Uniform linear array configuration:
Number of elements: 16
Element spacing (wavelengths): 0.5
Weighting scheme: blackman
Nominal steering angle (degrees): -15
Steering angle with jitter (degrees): -13.137
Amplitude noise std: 0.05
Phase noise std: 0.05

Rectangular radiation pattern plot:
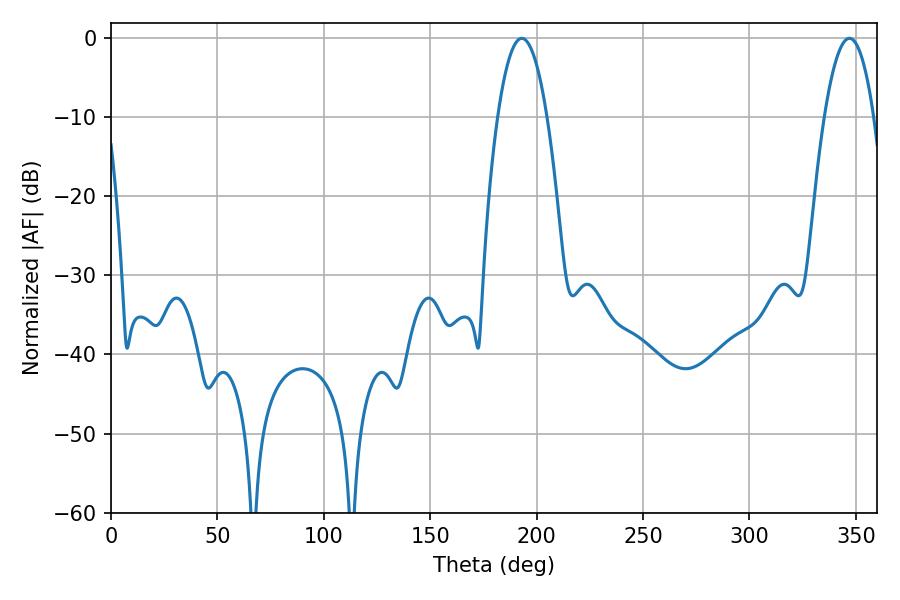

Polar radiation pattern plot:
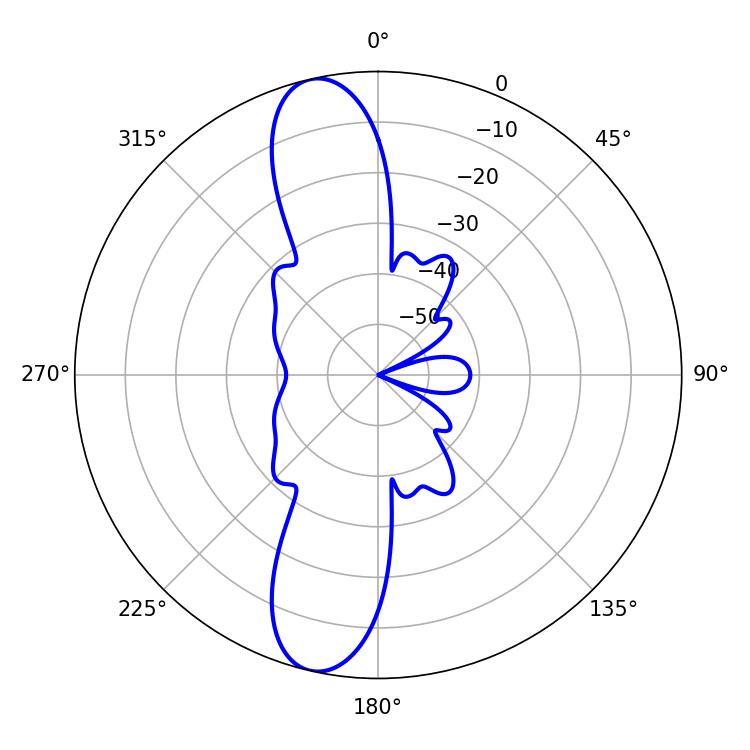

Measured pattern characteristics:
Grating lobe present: FALSE
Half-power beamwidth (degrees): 12.78
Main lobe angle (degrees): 192.96